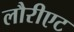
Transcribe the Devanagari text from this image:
लौरीएट